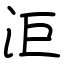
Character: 洰